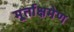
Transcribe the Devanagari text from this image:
मूर्ताक्षमेण